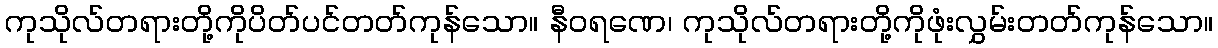
ကုသိုလ်တရားတို့ကိုပိတ်ပင်တတ်ကုန်သော။ နီဝရဏေ၊ ကုသိုလ်တရားတို့ကိုဖုံးလွှမ်းတတ်ကုန်သော။